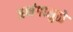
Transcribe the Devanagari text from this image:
अभंगामुळे